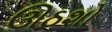
ઊઠશો